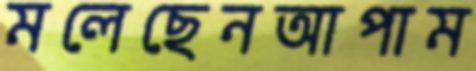
মলেছেনআপাম